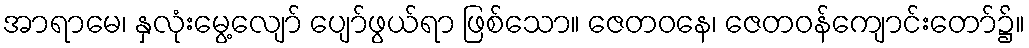
အာရာမေ၊ နှလုံးမွေ့လျော် ပျော်ဖွယ်ရာ ဖြစ်သော။ ဇေတဝနေ၊ ဇေတဝန်ကျောင်းတော်၌။